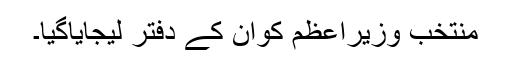
منتخب وزیراعظم کوان کے دفتر لیجایاگیا۔